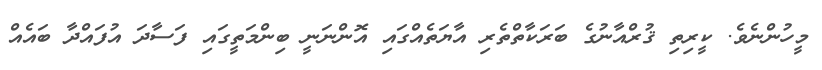
މީހުންނެވެ. ކީރިތި ޤުރްއާނުގެ ބަރަކާތްތެރި އާޔަތެއްގައި އޮންނަނީ ބިންމަތީގައި ފަސާދަ އުފައްދާ ބައެއް